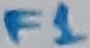
Text: F1